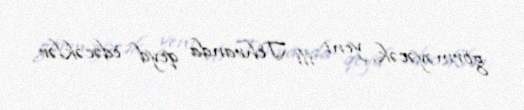
görməyəcək, yeni ili Tehranda qeyd edəcəklər.